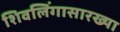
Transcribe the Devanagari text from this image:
शिवलिंगासारख्या